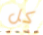
كل